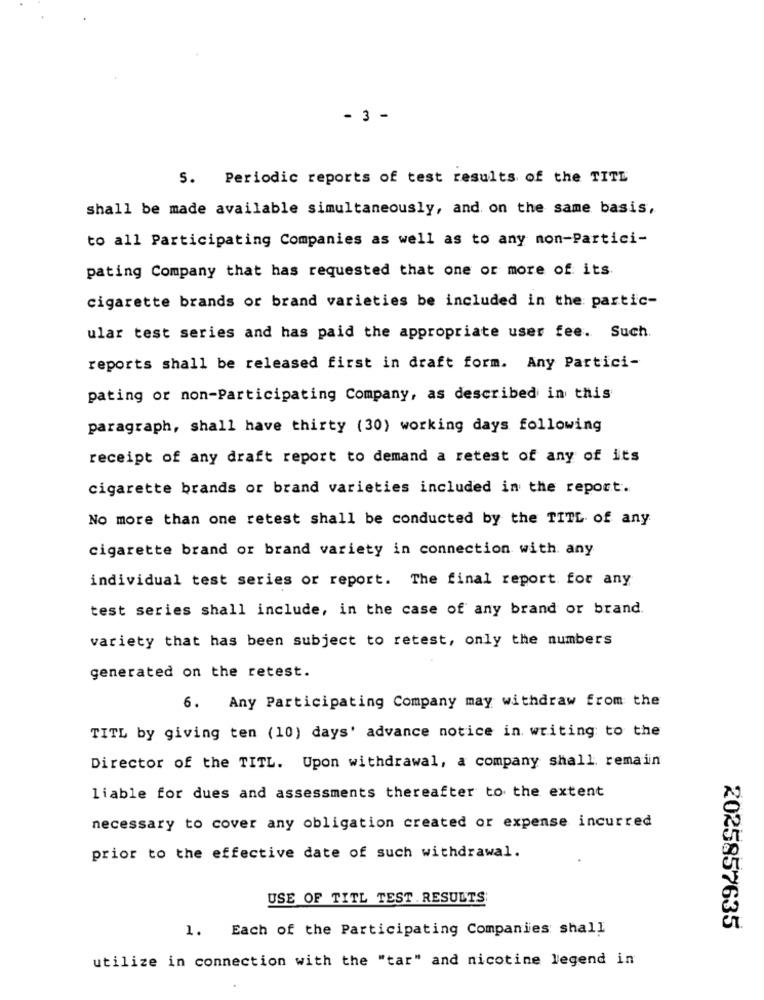
- 3 -
5. Periodic reports of test results of the TITL
shall be made available simultaneously, and on the same basis,
to all Participating Companies as well as to any non-Partici-
pating Company that has requested that one or more of its
cigarette brands or brand varieties be included in the partic-
ular test series and has paid the appropriate user fee. Such.
reports shall be released first in draft form. Any Partici-
pating or non-Participating Company, as described in this
paragraph, shall have thirty (30) working days following
receipt of any draft report to demand a retest of any of its
cigarette brands or brand varieties included in the report.
No more than one retest shall be conducted by the TITL of any
cigarette brand or brand variety in connection with any
individual test series or report. The final report for any
test series shall include, in the case of any brand or brand.
variety that has been subject to retest, only the numbers
generated on the retest.
6. Any Participating Company may withdraw from the
TITL by giving ten (10) days' advance notice in writing to the
Director of the TITL. Upon withdrawal, a company shall remain
liable for dues and assessments thereafter to the extent
necessary to cover any obligation created or expense incurred
prior to the effective date of such withdrawal.
USE OF TITL TEST. RESULTS:
1. Each of the Participating Companies shall
2025857635
utilize in connection with the "tar" and nicotine legend in